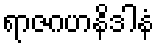
ရာဇဂဟနိဒါနံ